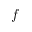
f